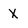
Character: x